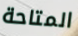
المتاحة